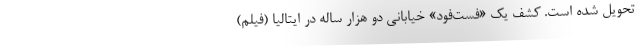
تحویل شده است. کشف یک «فست‌فود» خیابانی دو هزار ساله در ایتالیا (فیلم)